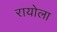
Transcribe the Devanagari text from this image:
रायोला